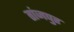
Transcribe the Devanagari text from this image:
तांजपुर